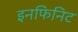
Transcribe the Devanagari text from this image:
इनफिनिट